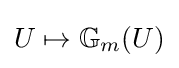
U\mapsto \mathbb {G} _{m}(U)